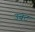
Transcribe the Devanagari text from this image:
उबट